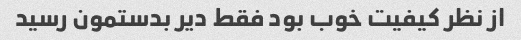
از نظر کیفیت خوب بود فقط دیر بدستمون رسید